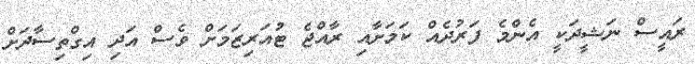
ރައީސް ނަޝީދަކީ އެންމެ ފަރުދެއް ކަމަށާއި ރާއްޖެ ޓުއަރިޒަމަށް ވެސް އަދި އިގްތިސާދަށް